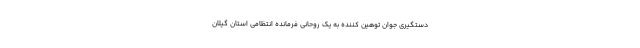
دستگیری جوان توهین کننده به یک روحانی فرمانده انتظامی استان گیلان